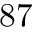
8 7